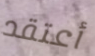
أعتقد